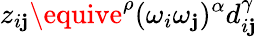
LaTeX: z_{i\mathbf{j}}\equive^{\rho}(\omega_{i}\omega_{\mathbf{j}})^{\alpha}d_{i\mathbf{j}}^{\gamma}